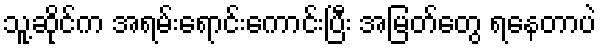
သူ့ဆိုင်က အရမ်းရောင်းကောင်းပြီး အမြတ်တွေ ရနေတာပဲ